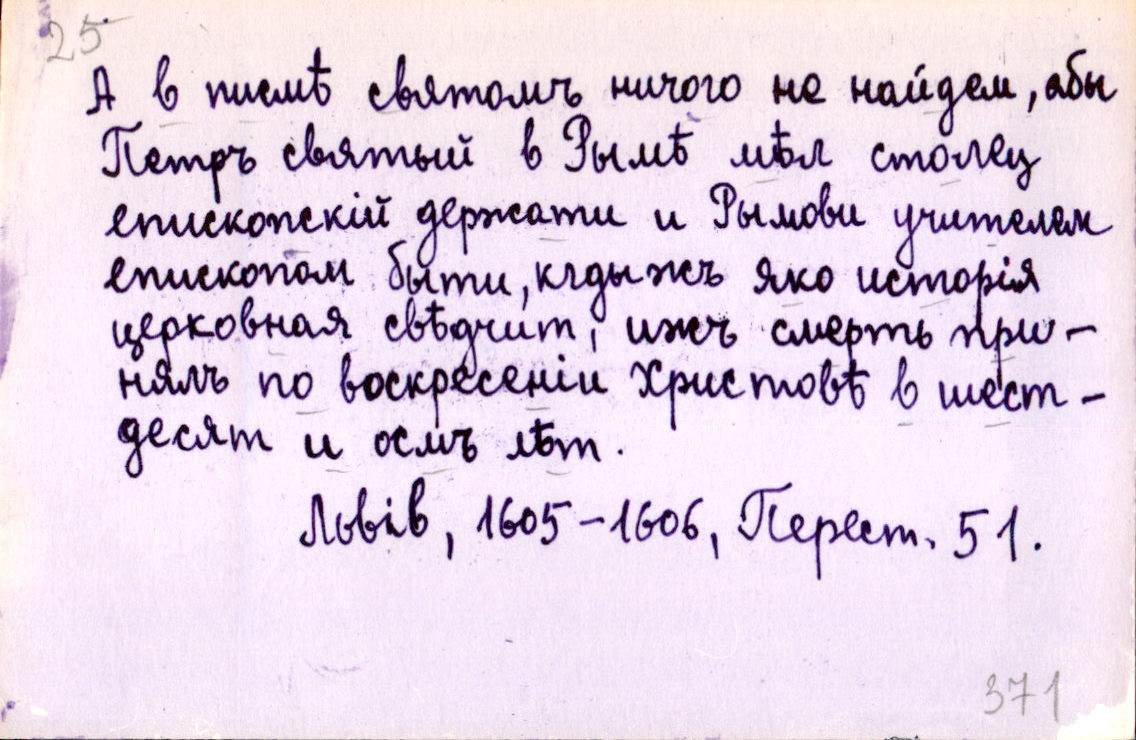
А в писмѣ святомъ ничого не найдем, абы
Петръ святый в Рымѣ мѣл столец
епископскій держати и Рымови учителем
епископом быти, кдыжъ яко исторія
церковная свѣдчит, ижъ смерть при-
нялъ по воскресеніи Христовѣ в шест-
десят и осмъ лѣт.
Львів, 1605-1606, Перест. 51.